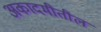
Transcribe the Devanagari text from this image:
अकादमीतील